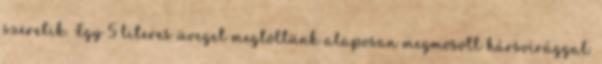
szeretik. Egy 5 literes üveget megtöltünk alaposan megmosott hársvirággal.